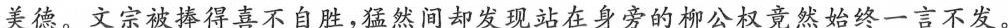
美德。文宗被捧得喜不自胜，猛然间却发现站在身旁的柳公权竞然始终一言不发。